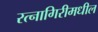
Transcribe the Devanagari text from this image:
रत्नागिरीमधील